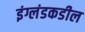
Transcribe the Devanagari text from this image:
इंग्लंडकडील